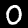
Label: 0